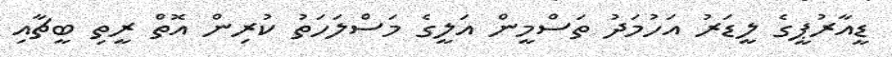
ޑީއާރުޕީގެ ލީޑަރު އަހުމަދު ތަސްމީން އަލީގެ މަސްލަހަތު ކުރިން އޮތް ރީތި ބީޗާއި